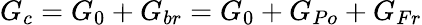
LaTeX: G_{c}=G_{0}+G_{br}=G_{0}+G_{Po}+G_{Fr}